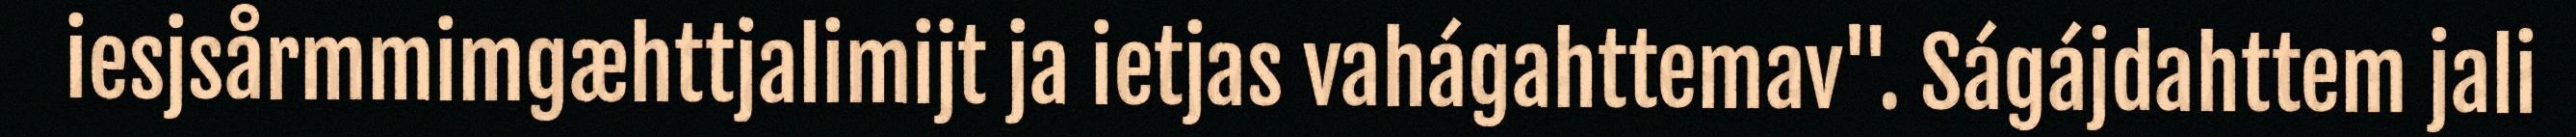
iesjsårmmimgæhttjalimijt ja ietjas vahágahttemav". Ságájdahttem jali